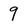
Character: 9